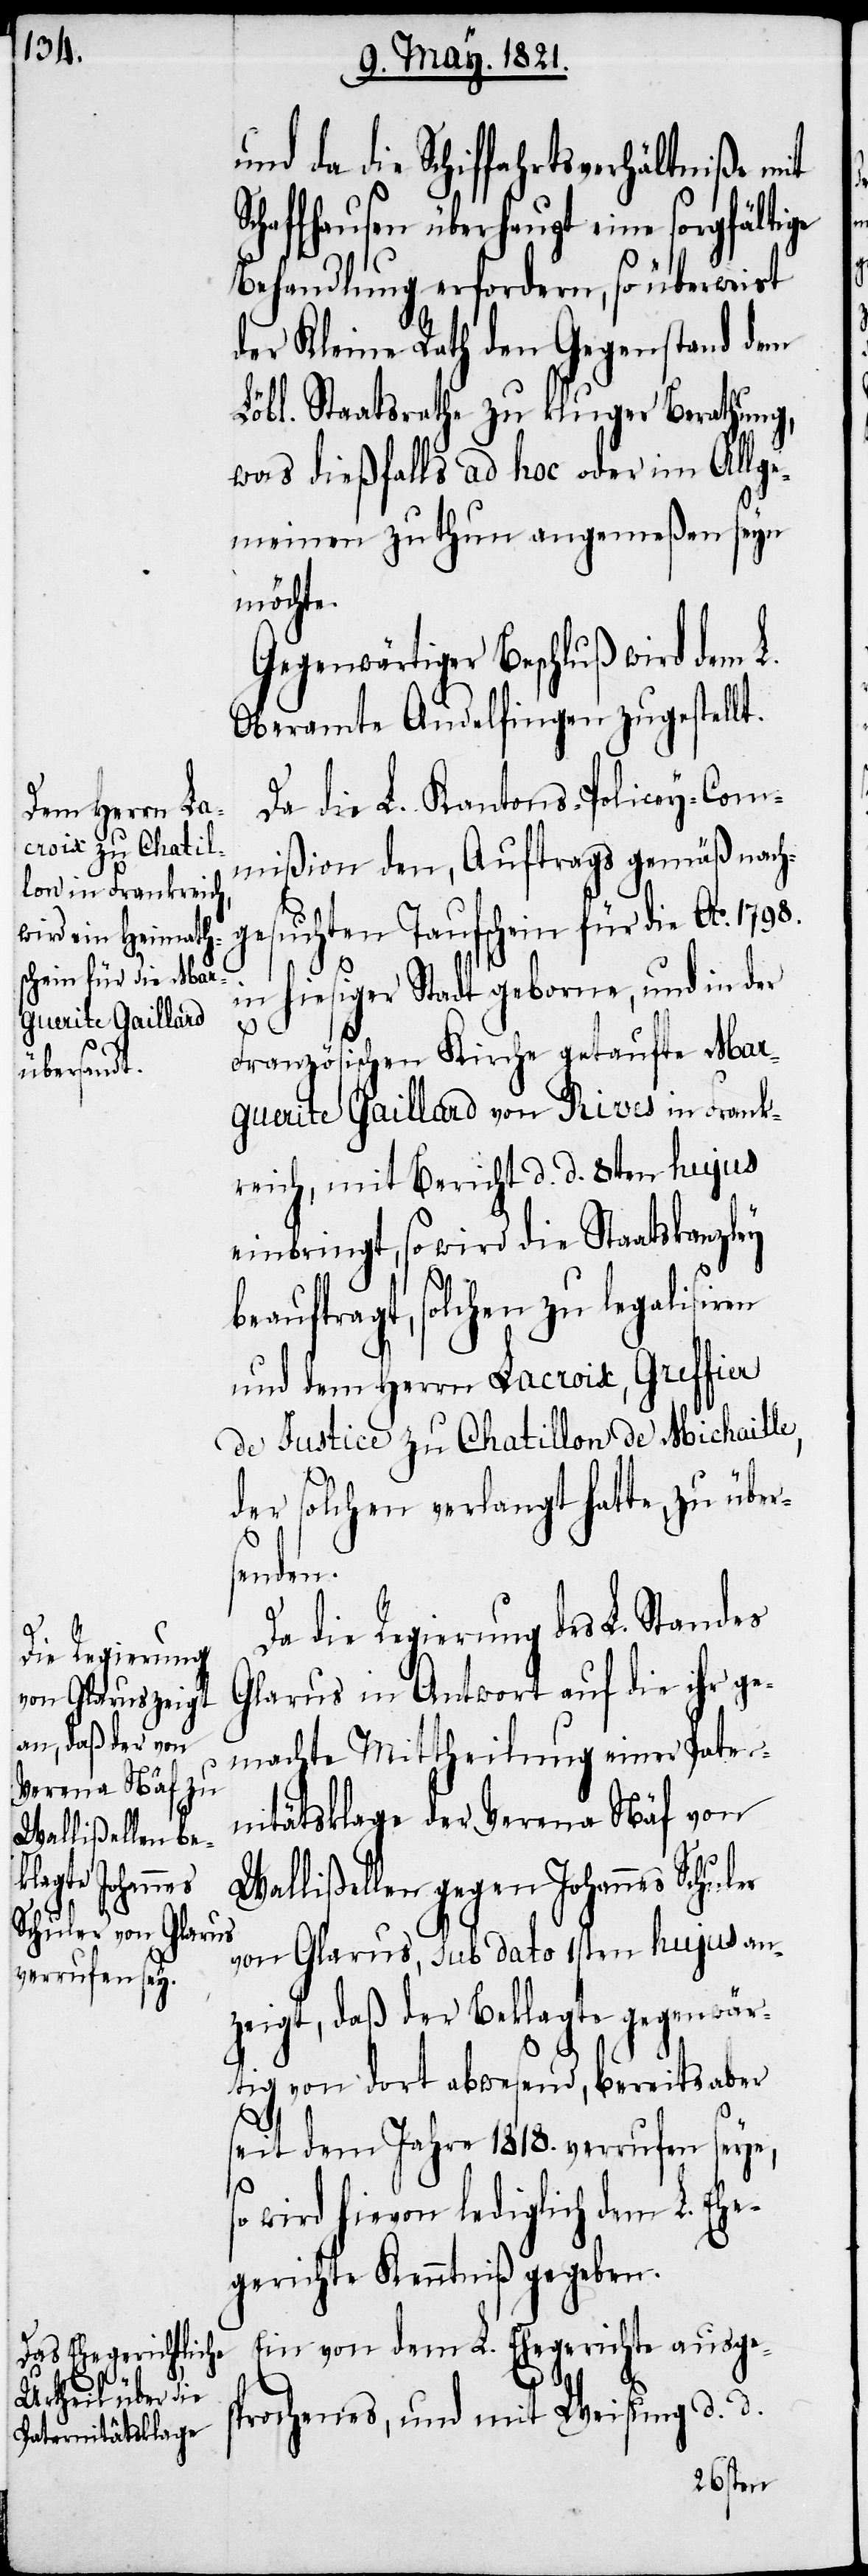
und da die Schiffahrtsverhältniße mit
Schaffhausen überhaupt eine sorgfältige
Behandlung erfordern, so überweist
der Kleine Rath den Gegenstand dem
Löbl. Staatsrathe zu kluger Berathung,
was dießfalls ad hoc oder im Allge¬
meinen zu thun angemeßen seyn
möchte.
Gegenwärtiger Beschluß wird dem L.
Oberamte Andelfingen zugestellt.
Da die L. Kantons-Policey-Com¬
mißion den, Auftrags gemäß nach¬
uchten Taufschein für die Ao. 1798.
ges¬
in hiesiger Stadt geborne, und in der
Französischen Kirche getaufte Mar¬
guerite Gaillard von Rives in Frank¬
reich, mit Bericht d. d. 8ten hujus
einbringt, so wird die Staatskanzley
beauftragt, solchen zu legalisiren
und dem Herrn Lacroix, Greffier
de Justice zu Chatillon de Michaille,
der solchen verlangt hatte, zu übers¬
henes,
Da die Regierung des L. Standes
Glarus in Antwort auf die ihr ge¬
machte Mittheilung einer Pater¬
nitätsklage der Verena Näf von
Wallißellen gegen Johannes Schuler
von Glarus, sub dato 1sten hujus an¬
zeigt, daß der Beklagte gegenwär¬
tig von dort abwesend, bereits aber
seit dem Jahre 1818. verrufen seye,
wird hievon lediglich dem L. Ehe¬
gerichte Kenntniß gegeben.
Ein von dem L. Ehegerichte ausge¬
d.
d.